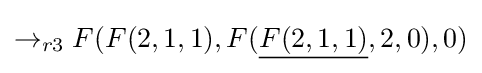
\rightarrow _{r3}F(F(2,1,1),F({\underline {F(2,1,1)}},2,0),0)